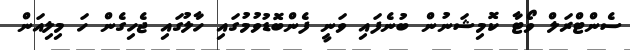
ސެންޓްރަލް ވޯޓާ ކޮމިޝަނުން ބުނެފައި ވަނީ ފެންބޮޑުވުމުގައި ހާލުގައި ޖެހިގެން ހަ މިލިއަން